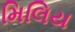
મિલિય